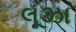
લૂઝા